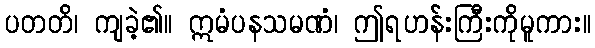
ပတတိ၊ ကျခဲ့၏။ ဣမံပနသမဏံ၊ ဤရဟန်းကြီးကိုမူကား။